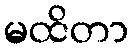
မထိတာ